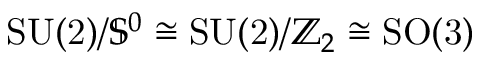
\mathrm { S U ( 2 ) } / { \mathbb S } ^ { 0 } \cong \mathrm { S U ( 2 ) } / { \mathbb Z } _ { 2 } \cong \mathrm { S O ( 3 ) }